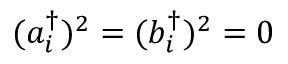
( a _ { i } ^ { \dagger } ) ^ { 2 } = ( b _ { i } ^ { \dagger } ) ^ { 2 } = 0